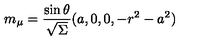
m _ { \mu } = \frac { \sin \theta } { \sqrt { \Sigma } } ( a , 0 , 0 , - r ^ { 2 } - a ^ { 2 } )